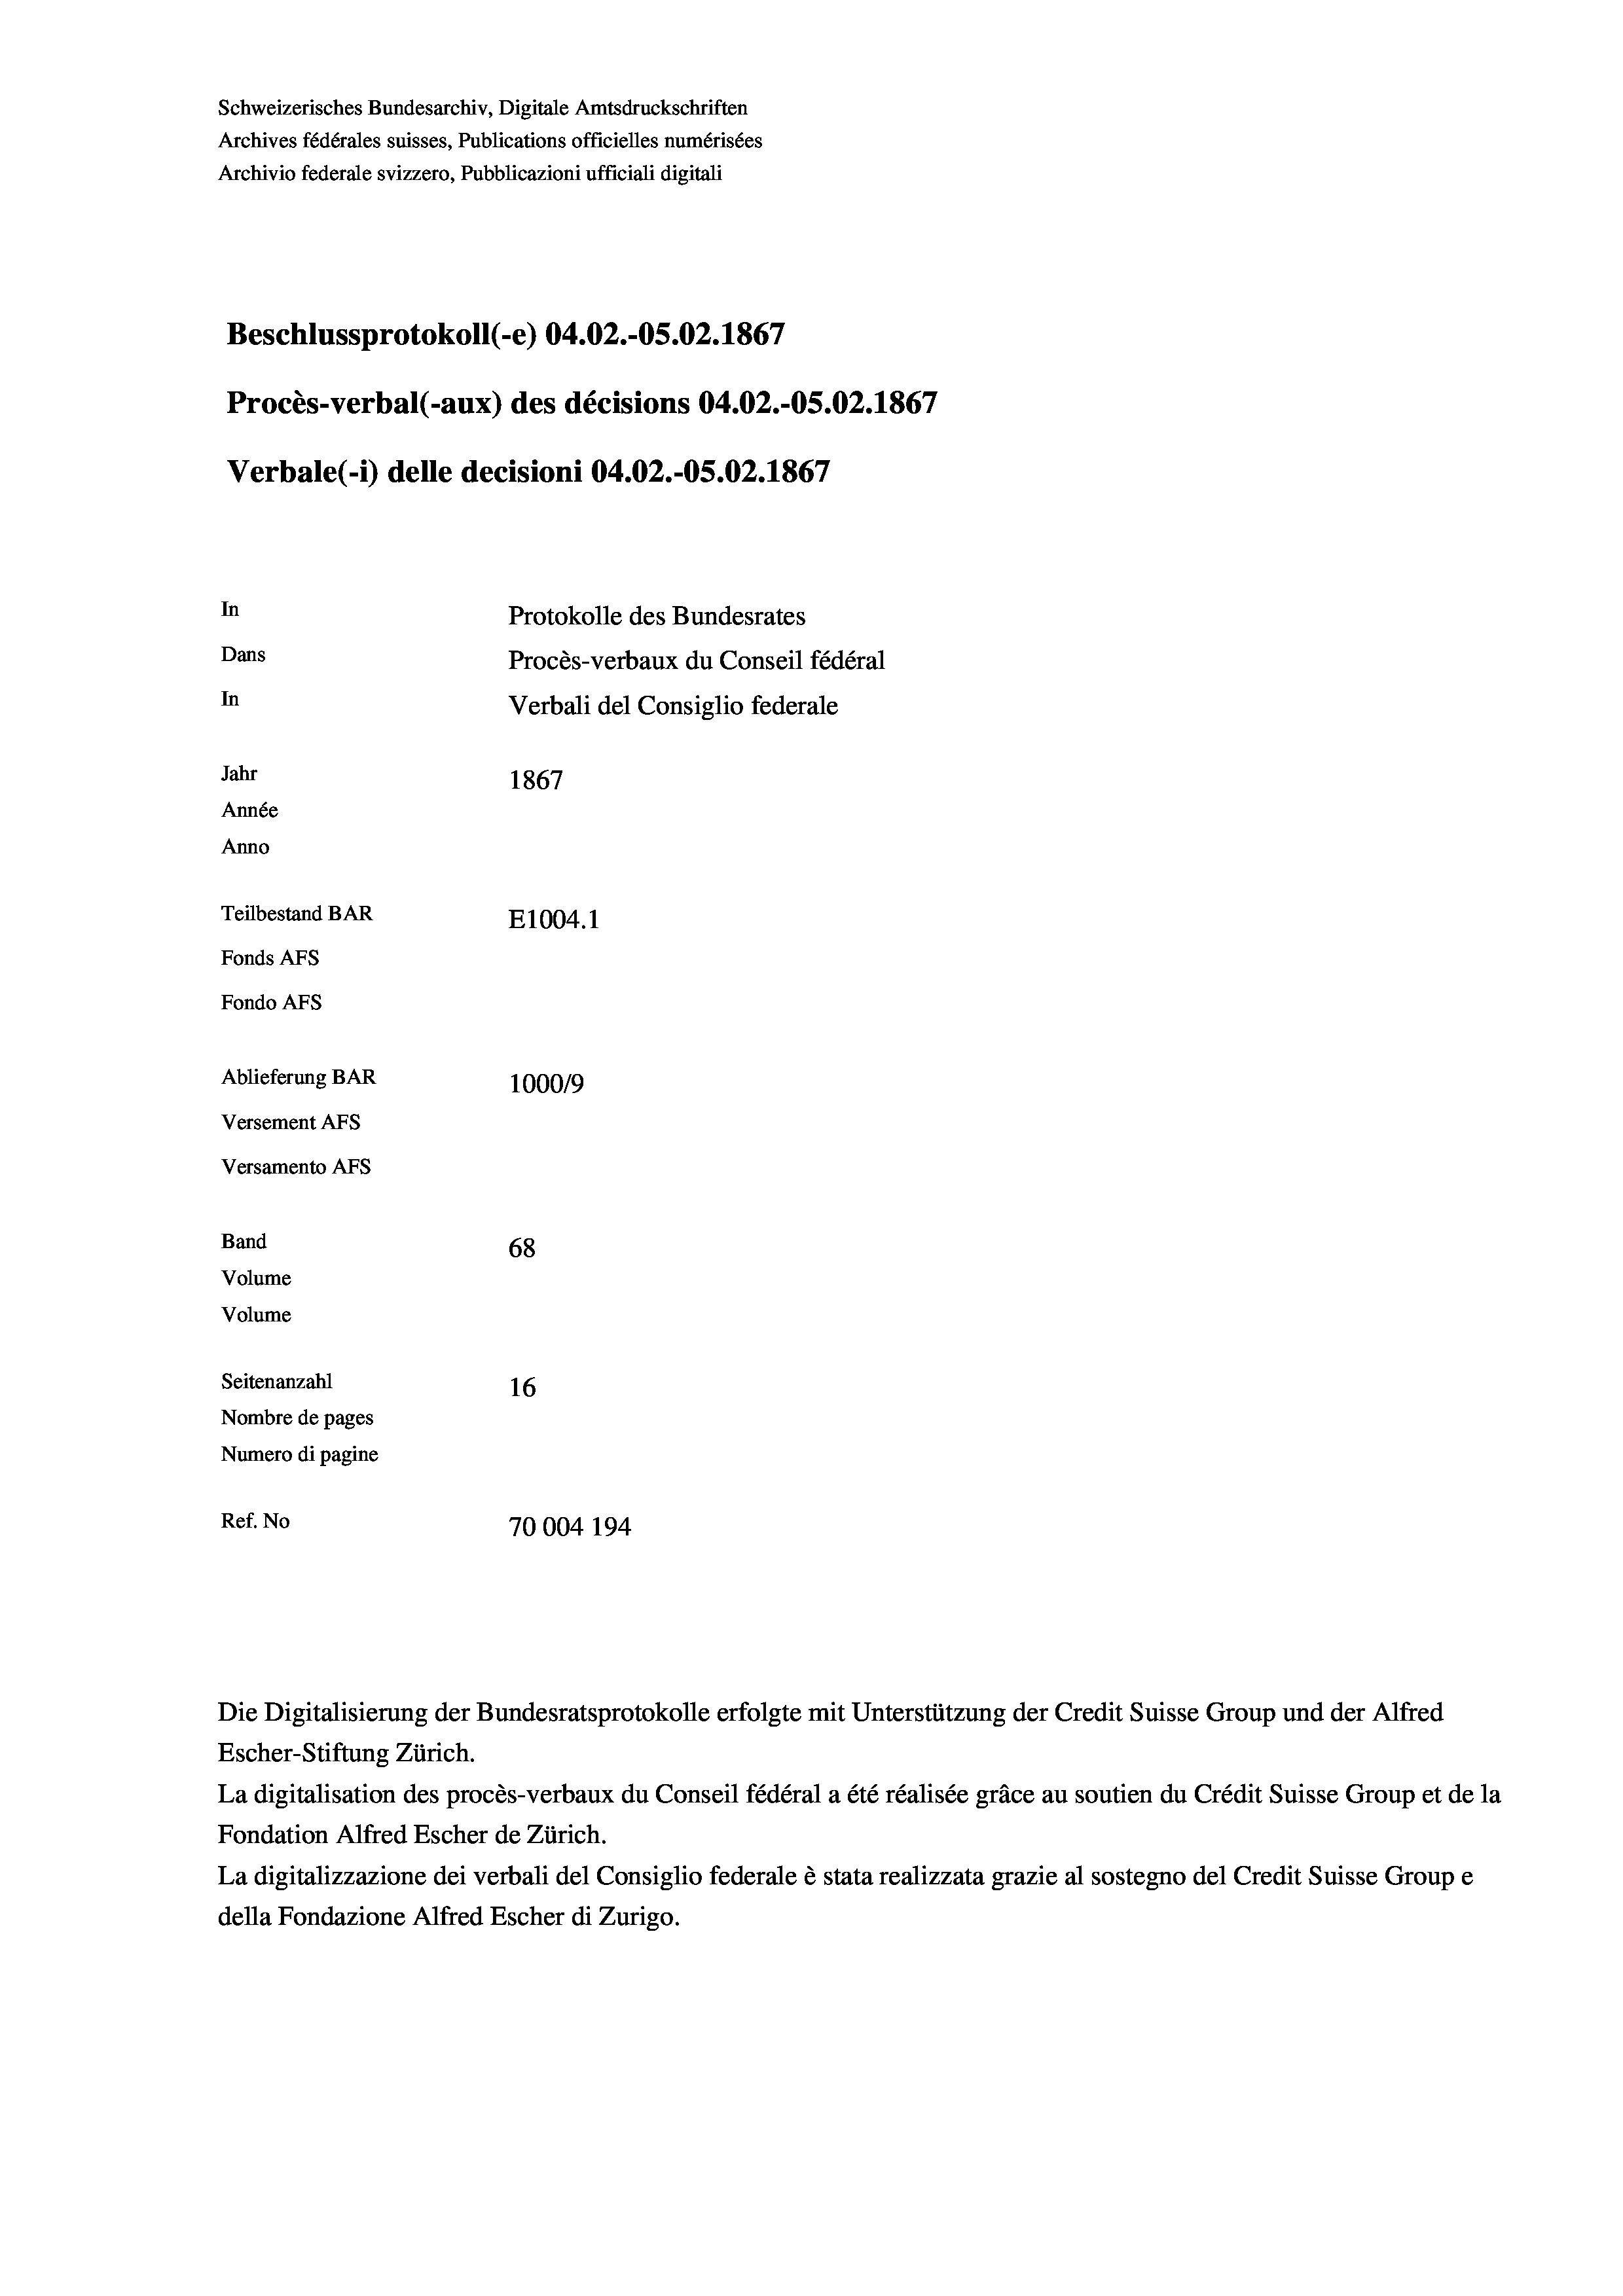
Schweizerisches Bundesarchiv, Digitale Amtsdruckschriften
Archives fédérales suisses, Publications officielles numérisées
Archivio federale svizzero, Pubblicazioni ufficiali digitali
Beschlussprotokoll (-e) 04.02.-O5.02. 1867
Procès-verbal (-aux) des décisions 04.02.-OS.02. 1867
Verbale(-*) delle decisioni 04.02.-OS.02. 1867
In
Protokolle des Bundesrates
Dans
Procès-verbaux du Conseil fédéral
In
Verbali del Consiglio federale
Jahr
1867
Année
Anno
Teilbestand BAR
E1004.1
Fonds AFs
Fondo AFS

Ablieferung BAR
Versement AFs
Versamento AFs
Band
Volume
Volume
Seitenanzahl

100019
68
16
Nombre de pages
Numero di pagine
Ref. No
70004 194

Escher-Stiftung Zürich.
La digitalisation des procès-verbaux du Conseil fédéral a été réalisée gräce au soutien du Crédit Suisse Group et de la
Fondation Alfred Escher de Zürich.
La digitalizzazione dei verbali del Consiglio federale è stata realizzata grazie al sostegno del Credit Suisse Groupe
della Fondazione Alfred Escher di Zurigo.

Die Digitalisierung der Bundesratsprotokolle erfolgte mit Unterstützung der Credit Suisse Group und der Alfred